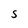
Character: S